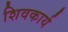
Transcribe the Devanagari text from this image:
शिवकार्य